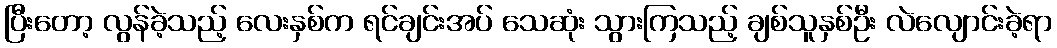
ပြီးတော့ လွန်ခဲ့သည့် လေးနှစ်က ရင်ချင်းအပ် သေဆုံး သွားကြသည့် ချစ်သူနှစ်ဦး လဲလျောင်းခဲ့ရာ